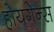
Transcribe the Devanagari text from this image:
होयगेन्स